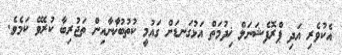
އެކުވެރި އަދި ޕްރޮފެޝަނަލް ޚިދުމަތް އަޅުގަނޑަށް ގައުމީ ކުތުބުޚާނާއިން ތަޖުރިބާ ކުރެވޭ ކަމެވެ.